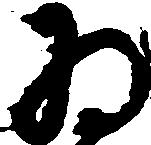
為